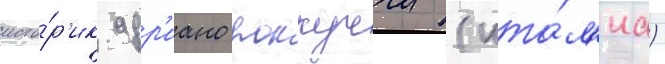
исто́р'ик адр'иано роккуччи (ита́л'иа)